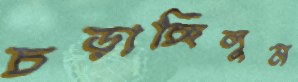
চড়াচ্ছিলুম